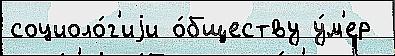
социоло́г'иjи о́бществу у́м'ер